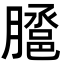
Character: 𭩉